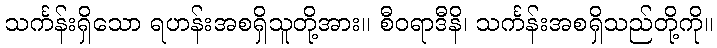
သင်္ကန်းရှိသော ရဟန်းအစရှိသူတို့အား။ စီဝရာဒီနိ၊ သင်္ကန်းအစရှိသည်တို့ကို။